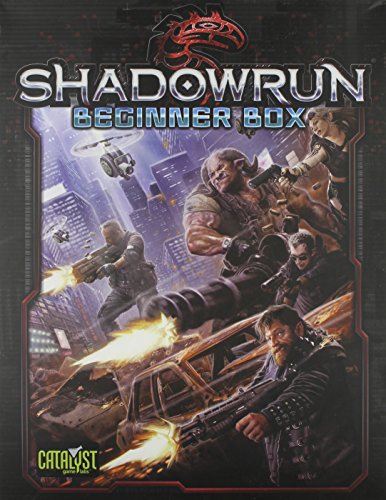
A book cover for Shadowrun Beginner Box Set; Science Fiction & Fantasy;